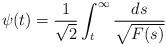
LaTeX: \begin{align*}\psi(t)= \frac{1}{\sqrt{2}} \int_t^\infty \frac{ds}{\sqrt{F(s)}}\end{align*}